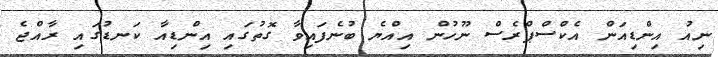
ނިއު އިންޑިއަން އެކްސްޕްރެސް ނޫހުން އިއްޔެ ބުނެފައިވާ ގޮތުގައި އިންޑިއާ ކަނޑުގައި ރާއްޖެ